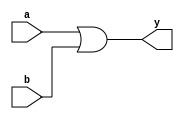
//OR GATE

//OR gate using Structural modeling
module or_gate_s(a,b,y);
input a,b;
output y;

or(y,a,b);
                
endmodule


//OR gate using data flow modeling
module or_gate_d(a,b,y);
input a,b;
output y;

assign y = a | b;
                
endmodule

module OR_2_behavioral (output reg Y, input A, B);
always @ (A or B) begin
    if (A == 1'b0 & B == 1'b0) begin
        Y = 1'b0;
    end
    else 
        Y = 1'b1; 
end
endmodule